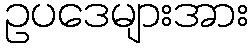
ဥပဒေများအား